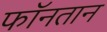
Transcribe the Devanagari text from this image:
फॉनतान